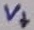
Text: V+